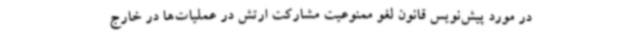
در مورد پیش‌نویس قانون لغو ممنوعیت مشارکت ارتش در عملیات‌ها در خارج